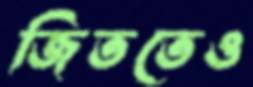
জিততেও